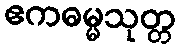
ဧကဓမ္မသုတ္တ